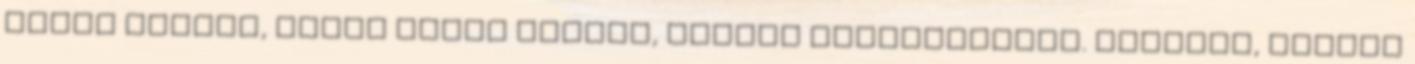
földi létben, Ember lenni mindég, minden körülményben. Serdülj, kedves